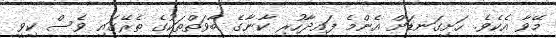
މޭވާ އެކެވެ. ހަށިގަނޑަށް އެންމެ ފައިދާހުރި ކާނާގެ ބާވަތްތަކުގެ ތެރޭގައި ވެސް ކިވީ